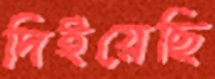
দিইয়েছি